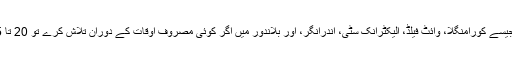
نیز زبردست کثافت والے علاقوں جیسے کورامنگلا، وائٹ فیلڈ، الیکٹرانک سٹی، اندرانگر، اور بلاندور میں اگر کوئی مصروف اوقات کے دوران تلاش کرے تو 20 تا 25 متبادلات مل جانا عام بات ہے۔